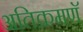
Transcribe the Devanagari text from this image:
अतिक्रमणॅ